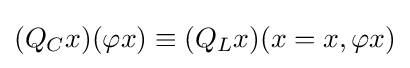
(Q_{C}x)(\varphi x)\equiv (Q_{L}x)(x=x,\varphi x)